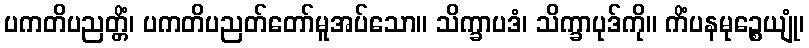
ပကတိပညတ္တိံ၊ ပကတိပညတ်တော်မူအပ်သော။ သိက္ခာပဒံ၊ သိက္ခာပုဒ်ကို။ ကိံပနမုဉ္စေယျုံ၊